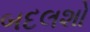
બદલશો